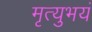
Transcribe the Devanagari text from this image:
मृत्युभयं